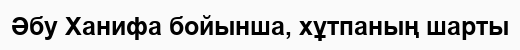
Әбу Ханифа бойынша, хұтпаның шарты